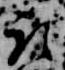
取